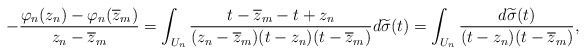
\begin{align*} -\frac{\varphi_n(z_n) - \varphi_n(\overline z_m)}{z_n-\overline z_m} =\int_{U_n}\frac{t - \overline z_m - t + z_n} {(z_n-\overline z_m)(t-z_n)(t-\overline z_m)}d\widetilde\sigma(t) =\int_{U_n} \frac{d\widetilde\sigma(t)}{(t-z_n)(t-\overline z_m)}, \end{align*}